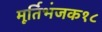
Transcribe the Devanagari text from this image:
मूर्तिभंजक१८